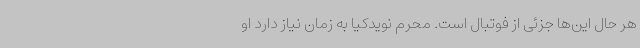
هر حال این‌ها جزئی از فوتبال است. محرم نویدکیا به زمان نیاز دارد او